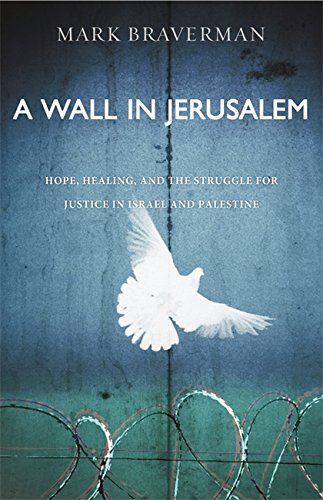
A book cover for A Wall in Jerusalem: Hope, Healing, and the Struggle for Justice in Israel and Palestine; Mark Braverman; Religion & Spirituality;